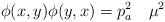
LaTeX: \begin{align*}\phi(x,y)\phi(y,x)=p_a^2~~~ \mu^2 \end{align*}